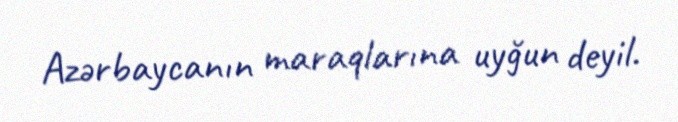
Azərbaycanın maraqlarına uyğun deyil.